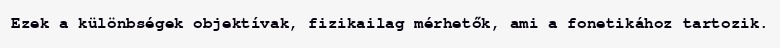
Ezek a különbségek objektívak, fizikailag mérhetők, ami a fonetikához tartozik.